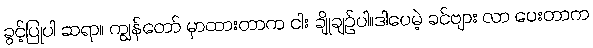
ခွင့်ပြုပါ ဆရာ။ ကျွန်တော် မှာထားတာက ငါး ချိုချဉ်ပါ။ဒါပေမဲ့ ခင်ဗျား လာ ပေးတာက